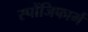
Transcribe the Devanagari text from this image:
स्पोंजिफार्म